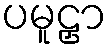
ပမူဠှာ